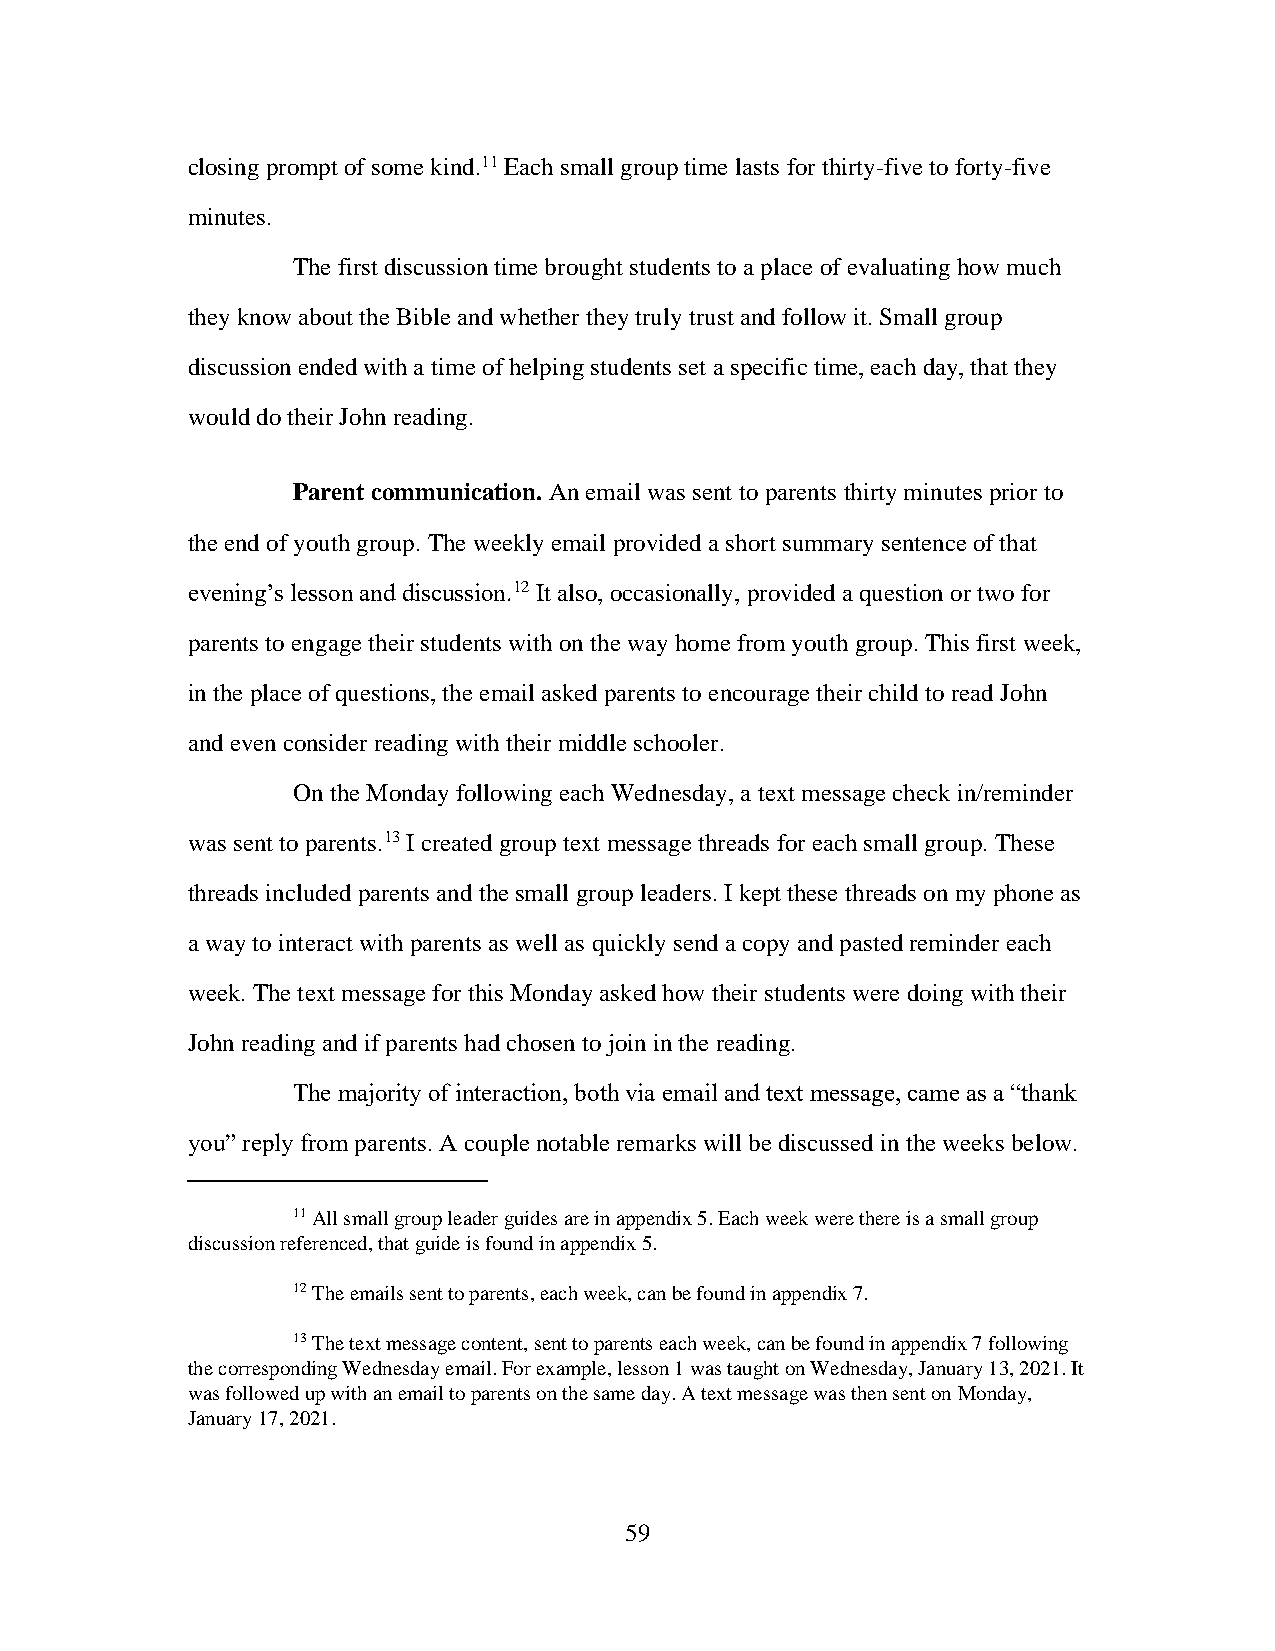
closing prompt of some kind.11 Each small group time lasts for thirty-five to forty-five
 minutes.
 The first discussion time brought students to a place of evaluating how much
 they know about the Bible and whether they truly trust and follow it. Small group
 discussion ended with a time of helping students set a specific time, each day, that they
 would do their John reading.
 Parent communication. An email was sent to parents thirty minutes prior to
 the end of youth group. The weekly email provided a short summary sentence of that
 evening’s lesson and discussion.12 It also, occasionally, provided a question or two for
 parents to engage their students with on the way home from youth group. This first week,
 in the place of questions, the email asked parents to encourage their child to read John
 and even consider reading with their middle schooler.
 On the Monday following each Wednesday, a text message check in/reminder
 was sent to parents.13 I created group text message threads for each small group. These
 threads included parents and the small group leaders. I kept these threads on my phone as
 a way to interact with parents as well as quickly send a copy and pasted reminder each
 week. The text message for this Monday asked how their students were doing with their
 John reading and if parents had chosen to join in the reading.
 The majority of interaction, both via email and text message, came as a “thank
 you” reply from parents. A couple notable remarks will be discussed in the weeks below.
 11 All small group leader guides are in appendix 5. Each week were there is a small group
 discussion referenced, that guide is found in appendix 5.
 12 The emails sent to parents, each week, can be found in appendix 7.
 13 The text message content, sent to parents each week, can be found in appendix 7 following
 the corresponding Wednesday email. For example, lesson 1 was taught on Wednesday, January 13, 2021. It
 was followed up with an email to parents on the same day. A text message was then sent on Monday,
 January 17, 2021.
 59